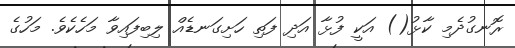
ރޮނގުދެމި ކާޅު() އަކީ ފުޅާ އަދި ފަތި ހަށިގަނޑެއް ލިބިފައިވާ މަހެކެވެ. މަހުގެ